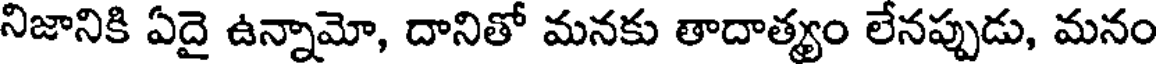
నిజానికి ఏదై ఉన్నామో, దానితో మనకు తాదాత్యం లేనప్పుడు, మనం